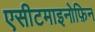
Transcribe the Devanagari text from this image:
एसीटमाइनोफ़िन